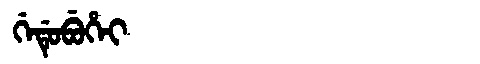
Manchu: ᡤᡝᡩᡠᠪᡠᡥᡝᡳ
Romanization: GEDUBUHEI